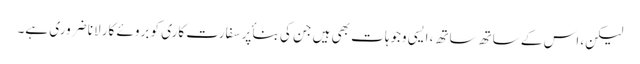
لیکن، اس کے ساتھ ساتھ، ایسی وجوہات بھی ہیں جن کی بناٴ پر سفارت کاری کو بروئے کار لانا ضروری ہے۔